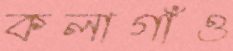
কলাগাঁও